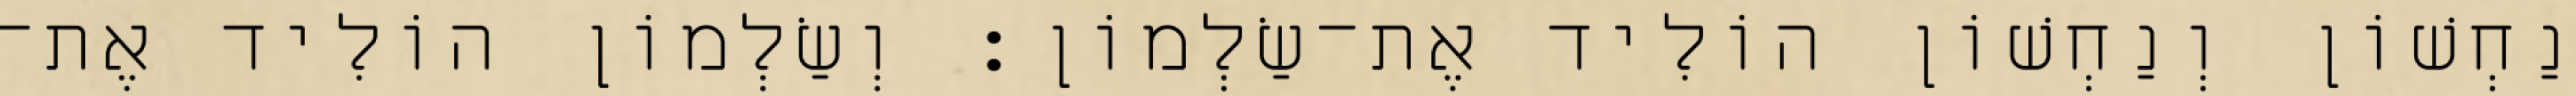
נַחְשׁוֹן וְנַחְשׁוֹן הוֹלִיד אֶת־שַׂלְמוֹן׃ וְשַׂלְמוֹן הוֹלִיד אֶת־